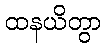
ထနယိတွာ